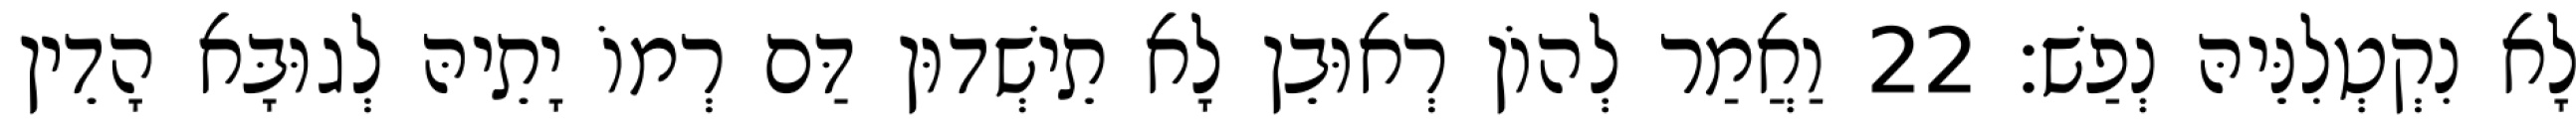
לָא נִקְטְלִנֵּיהּ נְפַשׁ׃ 22 וַאֲמַר לְהוֹן רְאוּבֵן לָא תֵישְׁדוּן דַּם רְמוֹ יָתֵיהּ לְגוּבָּא הָדֵין